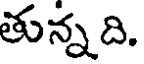
తున్న ది.